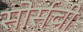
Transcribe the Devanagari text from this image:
सोर्सची